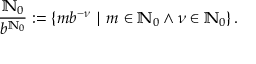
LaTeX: { \frac { \mathbb { N } _ { 0 } } { b ^ { \mathbb { N } _ { 0 } } } } : = \left\{ m b ^ { - \nu } \mid m \in \mathbb { N } _ { 0 } \wedge \nu \in \mathbb { N } _ { 0 } \right\} .